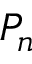
P _ { n }